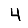
Digit: 4